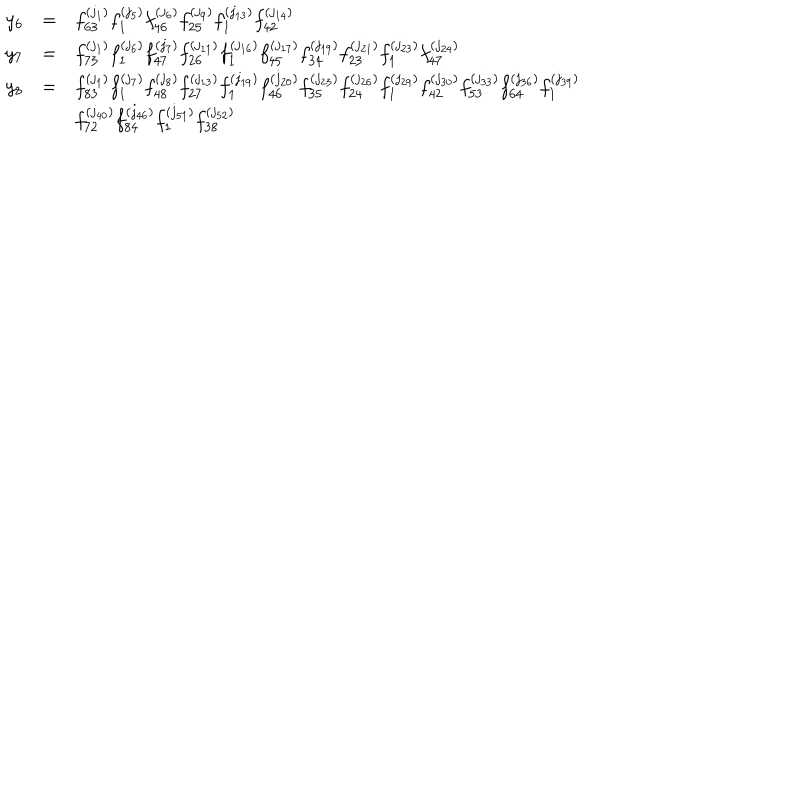
\begin{array} { l c l } { { y _ { 6 } } } & { { = } } & { { f _ { 6 3 } ^ { ( j _ { 1 } ) } f _ { 1 } ^ { ( j _ { 5 } ) } f _ { 4 6 } ^ { ( j _ { 6 } ) } f _ { 2 5 } ^ { ( j _ { 9 } ) } f _ { 1 } ^ { ( j _ { 1 3 } ) } f _ { 4 2 } ^ { ( j _ { 1 4 } ) } } } \\ { { y _ { 7 } } } & { { = } } & { { f _ { 7 3 } ^ { ( j _ { 1 } ) } f _ { 1 } ^ { ( j _ { 6 } ) } f _ { 4 7 } ^ { ( j _ { 7 } ) } f _ { 2 6 } ^ { ( j _ { 1 1 } ) } f _ { 1 } ^ { ( j _ { 1 6 } ) } f _ { 4 5 } ^ { ( j _ { 1 7 } ) } f _ { 3 4 } ^ { ( j _ { 1 9 } ) } f _ { 2 3 } ^ { ( j _ { 2 1 } ) } f _ { 1 } ^ { ( j _ { 2 3 } ) } f _ { 4 7 } ^ { ( j _ { 2 4 } ) } } } \\ { { y _ { 8 } } } & { { = } } & { { f _ { 8 3 } ^ { ( j _ { 1 } ) } f _ { 1 } ^ { ( j _ { 7 } ) } f _ { 4 8 } ^ { ( j _ { 8 } ) } f _ { 2 7 } ^ { ( j _ { 1 3 } ) } f _ { 1 } ^ { ( j _ { 1 9 } ) } f _ { 4 6 } ^ { ( j _ { 2 0 } ) } f _ { 3 5 } ^ { ( j _ { 2 3 } ) } f _ { 2 4 } ^ { ( j _ { 2 6 } ) } f _ { 1 } ^ { ( j _ { 2 9 } ) } f _ { 4 2 } ^ { ( j _ { 3 0 } ) } f _ { 5 3 } ^ { ( j _ { 3 3 } ) } f _ { 6 4 } ^ { ( j _ { 3 6 } ) } f _ { 1 } ^ { ( j _ { 3 9 } ) } } } \\ { { } } & { { } } & { { f _ { 7 2 } ^ { ( j _ { 4 0 } ) } f _ { 8 4 } ^ { ( j _ { 4 6 } ) } f _ { 1 } ^ { ( j _ { 5 1 } ) } f _ { 3 8 } ^ { ( j _ { 5 2 } ) } } } \\ \end{array}